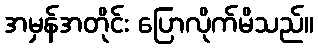
အမှန်အတိုင်း ပြောလိုက်မိသည်။